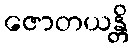
ဇောတယန္တိ